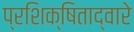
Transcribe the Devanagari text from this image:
प्रशिक्षिताद्वारे